Report on the administration of the Government Cinchona Department 1892-98
Year: 1892
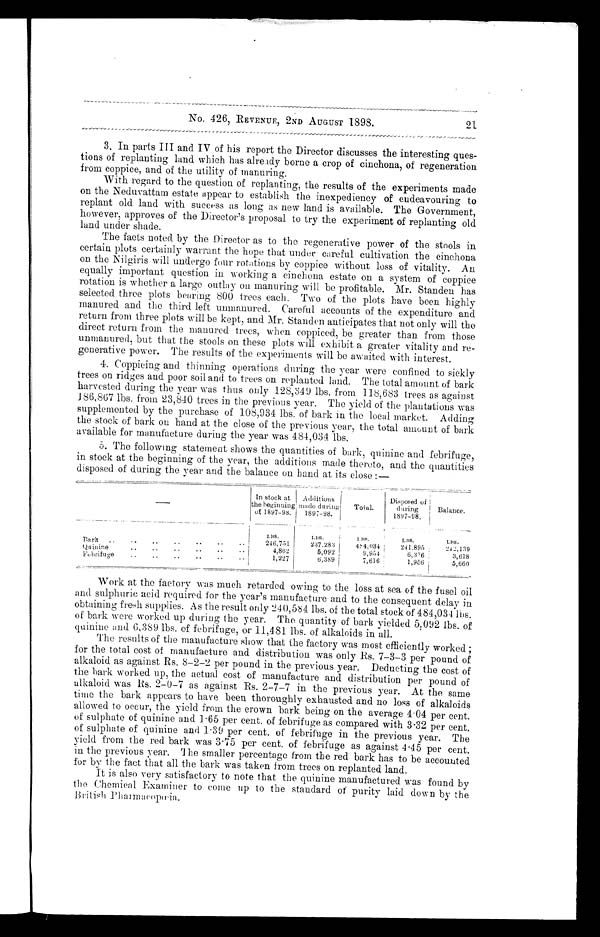
No. 426, REVENUE, 2ND AUGUST 1898.
3. In parts III and IV of his report the Director discusses the interesting ques-
tions of replanting land which has already borne a crop of cinchona, of regeneration
from coppice, and of the utility of manuring.
With regard to the question of replanting, the results of the experiments made
on the Neduvattam estate appear to establish the inexpediency of endeavouring to
replant old land with success as long as new land is available. The Government,
however, approves of the Director's proposal to try the experiment of replanting old
land under shade.
The facts noted by the Director as to the regenerative power of the stools in
certain plots certainly warrant the hope that under careful cultivation the cinchona
on the Nilgiris will undergo four rotations by coppice without loss of vitality. An
equally important question in working a cinchona estate on a system of coppice
rotation is whether a large outlay on manuring will be profitable. Mr. Standen has
selected three plots bearing 800 trees each. Two of the plots have been highly
manured and the third left unmanured. Careful accounts of the expenditure and
return from three plots will be kept, and Mr. Standen anticipates that not only will the
direct return from the manured trees, when coppiced, be greater than from those
unmanured, but that the stools on these plots will exhibit a greater vitality and re-
generative power. The results of the experiments will be awaited with interest.
4.
Coppicing and thinning operations during the year were confined to sickly
trees on ridges and poor soil and to trees on replanted land. The total amount of bark
harvested during the year was thus only 128,349 lbs. from 118,683 trees as against
186,867 lbs. from 23,840 trees in the previous year. The yield of the plantations was
supplemented by the purchase of 108,934 lbs. of bark in the local market. Adding
the stock of bark on hand at the close of the previous year, the total amount of bark
available for manufacture during the year was 484,034 lbs.
5. The following statement shows the quantities of bark, quinine and febrifuge,
in stock at the beginning of the year, the additions made thereto, and the quantities
disposed of during the year and the balance on hand at its close :—
–
In stock at
the beginning
of 1897-98.
Additions
made
d u r i n g 1 8 9 7 - 9 8 .
Total.
Disposed of
during
1897-98.
Balance.
B a r k . . . . . . . . . . . . . . . . . .
LBS.
246,751
LBS.
237,283
LBS.
4 8 4 , 0 3 4
LBS.
2 4 1 , 8 9 5
LBS.
242,139
• •
Q u i n i n e . . .
• .
4,862
5,092
9,954
6 , 3 3 6
3,618
..
Febrifuge..
1,227
6,389
7,616
1,956 5,660
Work at the factory was much retarded owing to the loss at sea of the fusel oil
and sulphuric acid required for the year's manufacture and to the consequent delay in
obtaining fresh supplies. As the result only 240,584 lbs. of the total stock of 484,034 lbs.
of bark were worked up during the year. The quantity of bark yielded 5,092 lbs. of
quinine and 6,389 lbs. of febrifuge, or 11,481 lbs. of alkaloids in all.
The results of the manufacture show that the factory was most efficiently worked ;
for the total cost of manufacture and distribution was only Rs. 7-3-3 per pound of
alkaloid as against Rs. 8-2-2 per pound in the previous year. Deducting the cost of
the bark worked up, the actual cost of manufacture and distribution per pound of
alkaloid was Rs. 2-0-7 as against Rs. 2-7-7 in the previous year. At the same
time the bark appears to have been thoroughly exhausted and no loss of alkaloids
allowed to occur, the yield from the crown bark being on the average 4.04 per cent.
of sulphate of quinine and 1 . 65 per cent. of febrifuge as compared with 3.32 per cent.
of sulphate of quinine and 1.39 per cent. of febrifuge in the previous year. The
yield from the red bark was 3 . 75 per cent. of febrifuge as against 4 . 45 per cent.
in the previous year. The smaller percentage from the red bark has to be accounted
for by the fact that all the bark was taken from trees on replanted land.
It is also very satisfactory to note that the quinine manufactured was found by
the Chemical Examiner to come up to the standard of purity laid down by the
British Pharmacopœia.
21.